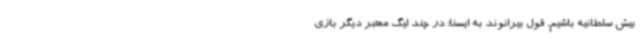
بیش سلطانیه باشیم. قول بیرانوند به ایسنا: در چند لیگ معتبر دیگر بازی